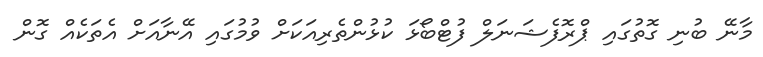
މާނޭ ބުނި ގޮތުގައި ޕްރޮފެޝަނަލް ފުޓްބޯޅަ ކުޅުންތެރިއަކަށް ވުމުގައި އޭނާއަށް އެތަކެއް ގޮން